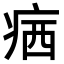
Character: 𤶈